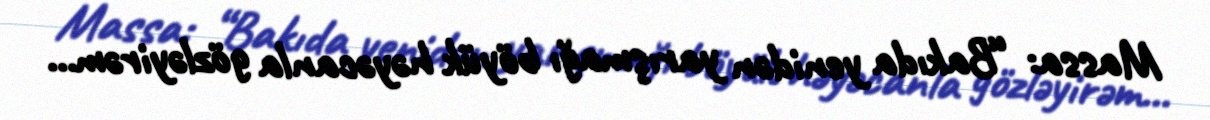
Massa: “Bakıda yenidən yarışmağı böyük həyəcanla gözləyirəm...